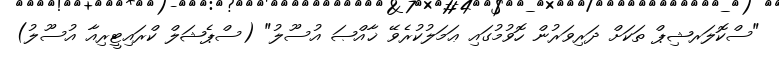
"ސްކޮލަރޝިޕް ތަކަށް ދަރިވަރުން ހޮވުމުގައި ޢަމަލުކުރެވޭ ޚާއްޞަ އުސޫލު" (ސްޕެޝަލް ކްރައިޓީރިއާ އުސޫލު)